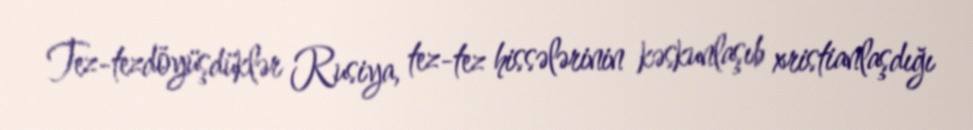
Tez-tezdöyüşdüklər Rusiya, tez-tez hissələrinin kəskunlaşıb xristianlaşdığı